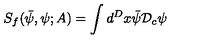
S _ { f } ( { \bar { \psi } } , \psi ; A ) = \int d ^ { D } x { \bar { \psi } } { \mathcal D } _ { c } \psi